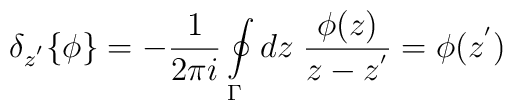
{\delta}_{z^{'}}\{\phi\}=-\frac {1} {2\pi i}\oint\limits_{\Gamma}dz\; \frac {\phi(z)} {z-z^{'}}=\phi(z^{'})